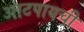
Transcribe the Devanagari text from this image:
आटपायची